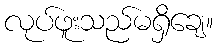
လုပ်ဖူးသည်မရှိချေ။